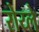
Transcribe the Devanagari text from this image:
रोय्ले